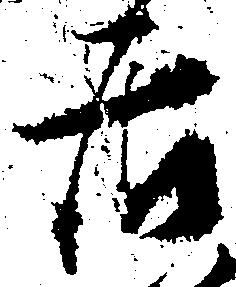
居